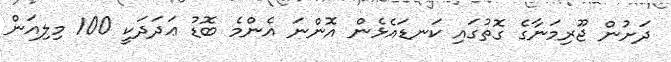
ދަށުން ޖޫރިމަނާގެ ގޮތުގައި ކަނޑައެޅެން އޮންނަ އެންމެ ބޮޑު ޢަދަދަކީ 100 މިލިއަން